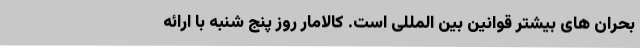
بحران های بیشتر قوانین بین المللی است. کالامار روز پنج شنبه با ارائه